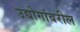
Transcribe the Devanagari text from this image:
उद्योगांवरील